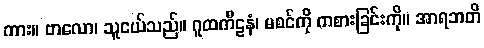
ကား။ ဗာလော၊ သူငယ်သည်။ ဂူထကီဠနံ၊ မစင်ကို ကစားခြင်းကို။ အာရဘတိ